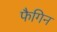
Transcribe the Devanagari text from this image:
फैगिन